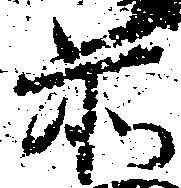
前